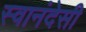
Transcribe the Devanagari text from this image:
स्वानंदेसी